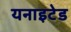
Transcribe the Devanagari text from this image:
यनाइटेड